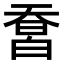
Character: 𤾄